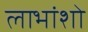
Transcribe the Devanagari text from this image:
लाभांशो